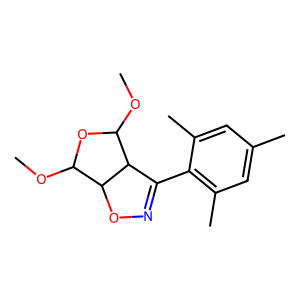
SMILES: COC1OC(OC)C2C(c3c(C)cc(C)cc3C)=NOC12
Inhibits HIV replication: No